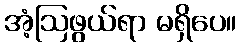
အံ့ဩဖွယ်ရာ မရှိပေ။